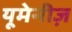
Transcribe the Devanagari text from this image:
यूमेनीज़